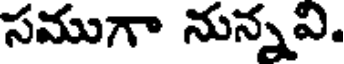
సముగా నున్నవి.